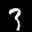
Label: 3